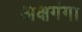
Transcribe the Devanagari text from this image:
अक्षगंगा